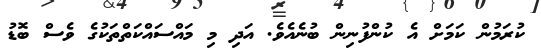
ކުރަމުން ކަމަށް އެ ކުންފުނިން ބުނެއެވެ. އަދި މި މައްސައްކަތްތަކުގެ ވެސް ބޮޑު